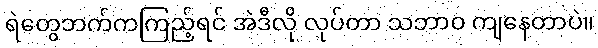
ရဲတွေဘက်ကကြည့်ရင် အဲဒီလို လုပ်တာ သဘာဝ ကျနေတာပဲ။